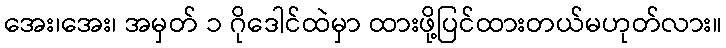
အေး၊အေး၊ အမှတ် ၁ ဂိုဒေါင်ထဲမှာ ထားဖို့ပြင်ထားတယ်မဟုတ်လား။